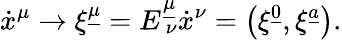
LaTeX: {\dot{x}}^{\mu}\to\xi^{\underline{{{\mu}}}}=E_{\ \nu}^{\underline{{{\mu}}}}{\dot{x}}^{\nu}=\left(\xi^{\underline{{{0}}}},\xi^{\underline{{{a}}}}\right).